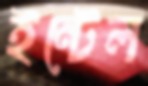
ইন্টেল